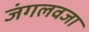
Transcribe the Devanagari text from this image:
जंगलवजा